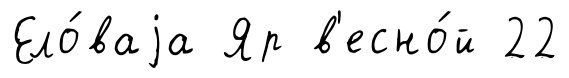
Ело́ваjа Яр в'есно́й 22